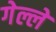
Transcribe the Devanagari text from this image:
गेल्लें